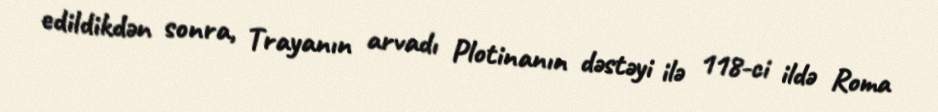
edildikdən sonra, Trayanın arvadı Plotinanın dəstəyi ilə 118-ci ildə Roma